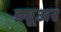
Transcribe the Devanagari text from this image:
ड्यूअर